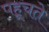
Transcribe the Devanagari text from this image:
पहूचते